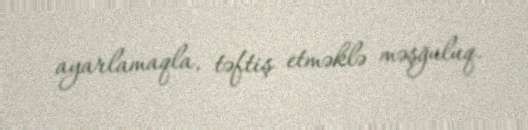
ayarlamaqla, təftiş etməklə məşğuluq.